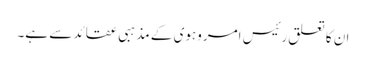
ان کا تعلق رئیس امروہوی کے مذہبی عقائد سے ہے۔